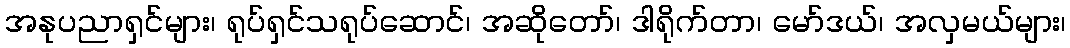
အနုပညာရှင်များ၊ ရုပ်ရှင်သရုပ်ဆောင်၊ အဆိုတော်၊ ဒါရိုက်တာ၊ မော်ဒယ်၊ အလှမယ်များ၊